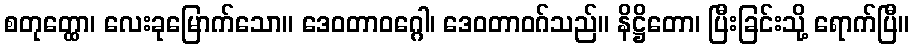
စတုတ္ထော၊ လေးခုမြောက်သော။ ဒေဝတာဝဂ္ဂေါ၊ ဒေဝတာဝဂ်သည်။ နိဋ္ဌိတော၊ ပြီးခြင်းသို့ ရောက်ပြီ။